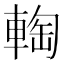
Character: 𨌨